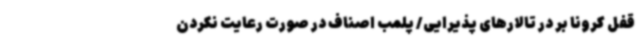
قفل کرونا بر در تالارهای پذیرایی/ پلمب اصناف در صورت رعایت نکردن